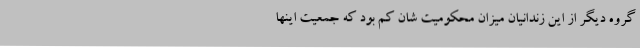
گروه دیگر از این زندانیان میزان محکومیت شان کم بود که جمعیت اینها